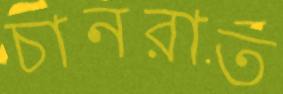
চানরাত